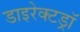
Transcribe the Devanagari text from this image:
डाइरेक्टड्रॉ